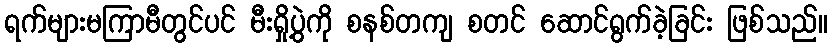
ရက်များမကြာမီတွင်ပင် မီးရှို့ပွဲကို စနစ်တကျ စတင် ဆောင်ရွက်ခဲ့ခြင်း ဖြစ်သည်။